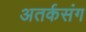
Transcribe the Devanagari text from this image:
अतर्कसंग